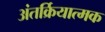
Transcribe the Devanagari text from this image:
अंतर्क्रियात्मक